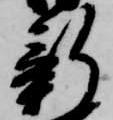
新